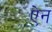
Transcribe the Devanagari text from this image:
एेन